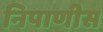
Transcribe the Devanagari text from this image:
निपाणीस